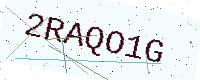
Text: 2RAQO1G